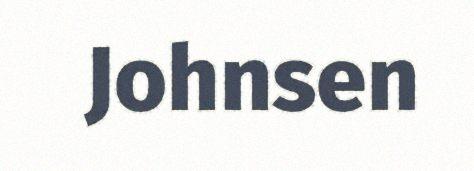
Johnsen